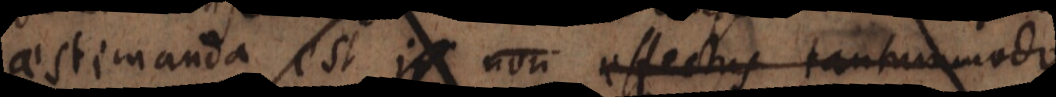
aestimanda est quantitas non effectus tantum